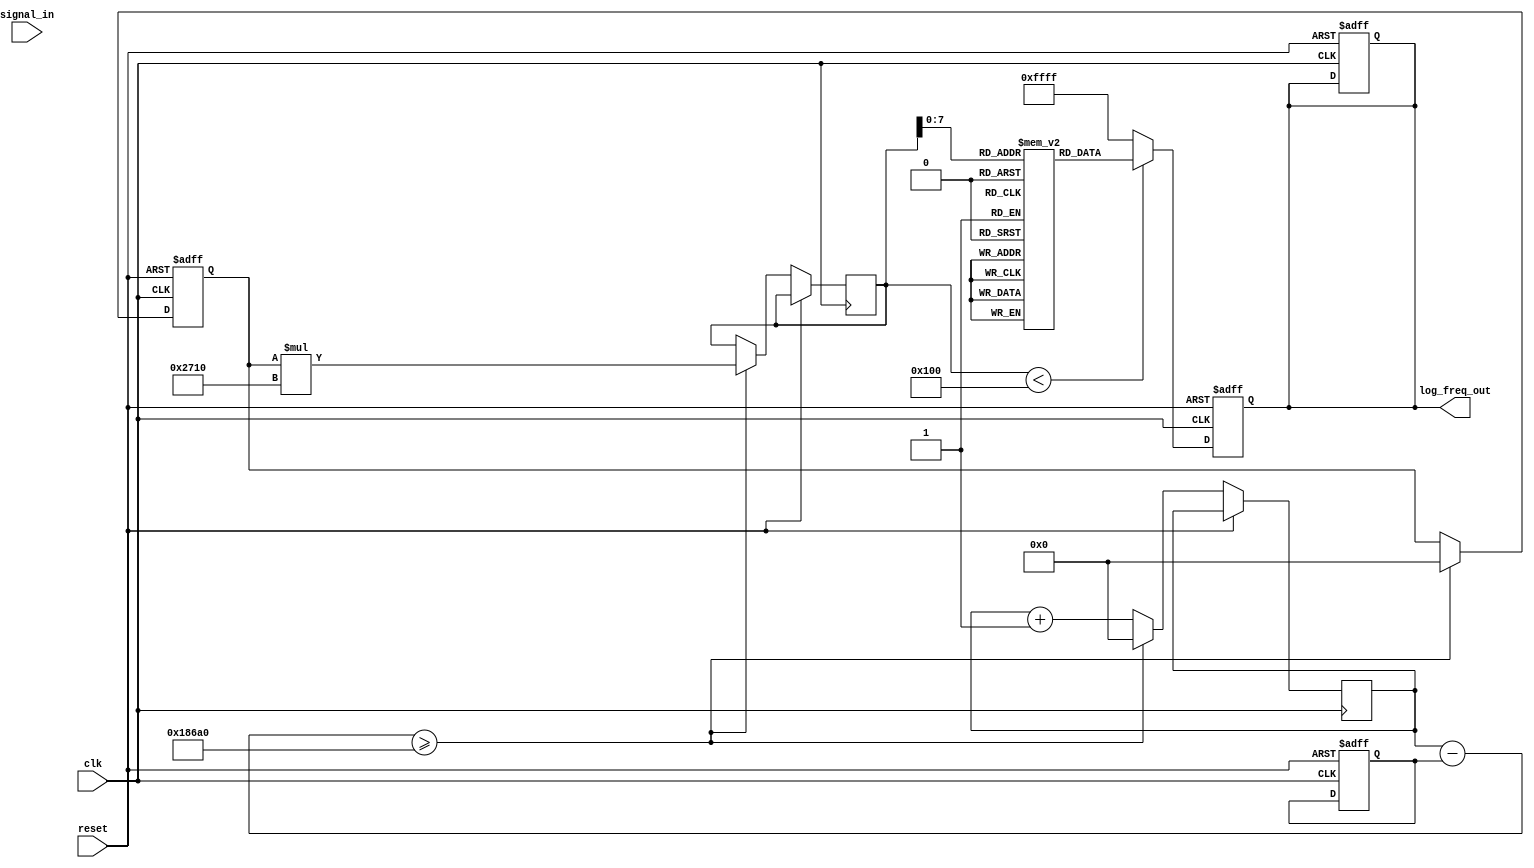
module LogarithmicFrequencyDetector(
    input wire clk,                // System clock
    input wire reset,              // Reset signal
    input wire signal_in,          // Input signal (conditioned)
    output reg [15:0] log_freq_out // Logarithmic frequency output
);

// Parameters
parameter TIME_WINDOW = 100000; // Time window for frequency measurement (in clock cycles)

// Internal signals
reg [31:0] zero_cross_count;     // Zero crossing count
reg [31:0] frequency;             // Frequency value
reg [31:0] last_cross_time;      // Last zero crossing timestamp
reg [31:0] current_time;         // Current time
reg zero_cross_detected;          // Zero crossing flag

// Zero-Crossing Detector
always @(posedge clk or posedge reset) begin
    if (reset) begin
        last_cross_time <= 0;
        zero_cross_count <= 0;
        log_freq_out <= 0;
    end else begin
        current_time <= current_time + 1; // Increment current time

        // Detect zero crossing (simplified for digital signal)
        if (signal_in && ~signal_in) begin
            zero_cross_detected <= 1;
            zero_cross_count <= zero_cross_count + 1;
            last_cross_time <= current_time;
        end else begin
            zero_cross_detected <= 0;
        end
        
        // Calculate frequency when time window expires
        if (current_time - last_cross_time >= TIME_WINDOW) begin
            frequency <= zero_cross_count * (1000000000 / TIME_WINDOW); // Frequency calculation in Hz
            zero_cross_count <= 0; // Reset count
            current_time <= 0; // Reset time
        end
    end
end

// Logarithmic Conversion Unit (Look-Up Table)
reg [15:0] lut [0:255]; // LUT for logarithmic conversion (example size)
initial begin
    // Populate the LUT with logarithmic values
    // This should be filled with appropriate logarithmic values based on your application's needs
    // Example: lut[0] = 0, lut[1] = 1, ..., lut[255] = log2(255)
end

// Output Logic
always @(posedge clk or posedge reset) begin
    if (reset) begin
        log_freq_out <= 0;
    end else if (frequency < 256) begin
        log_freq_out <= lut[frequency]; // Get log value from LUT based on frequency
    end else begin
        log_freq_out <= 16'hFFFF; // Overflow or out of range
    end
end

endmodule